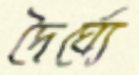
দৈর্ঘ্যে